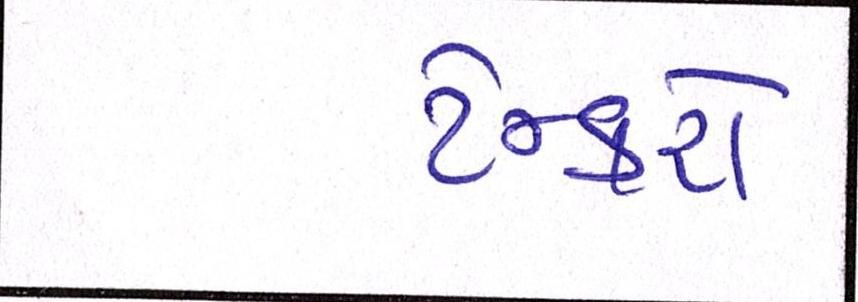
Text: ટેન્કરો